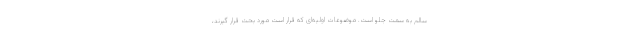
سالم به سمت جلو است. موضوعات اولیه‌ای که قرار است مورد بحث قرار گیرند،